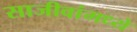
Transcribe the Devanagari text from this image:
साजीवांमध्ये